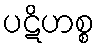
ပဋိဟစ္စ